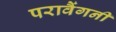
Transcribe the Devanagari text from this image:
परावैंगनी